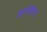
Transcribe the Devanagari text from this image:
कामाचरण